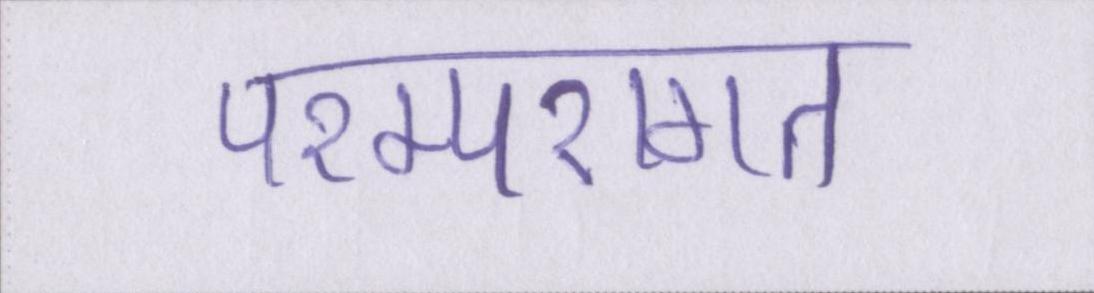
परम्परागत